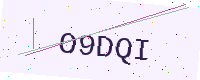
Text: O9DQI